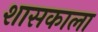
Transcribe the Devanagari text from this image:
शासकाला